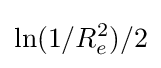
\ln(1/R_{e}^{2})/2